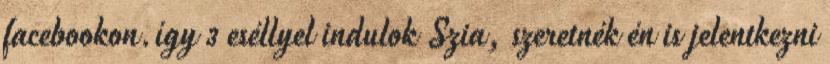
facebookon.így 3 eséllyel indulok Szia, szeretnék én is jelentkezni